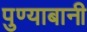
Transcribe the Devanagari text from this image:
पुण्याबानी